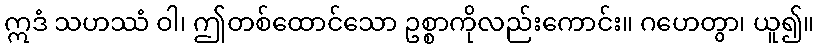
ဣဒံ သဟဿံ ဝါ၊ ဤတစ်ထောင်သော ဥစ္စာကိုလည်းကောင်း။ ဂဟေတွာ၊ ယူ၍။